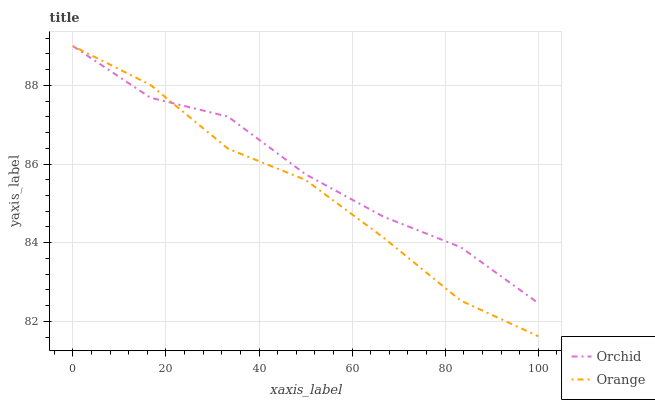
| xaxis_label | Orchid | Orange |
 | --- | --- | --- |
 | 0 | 89 | 89 |
 | 16.7 | 87.7 | 88 |
 | 33.3 | 87.2 | 86.4 |
 | 50 | 85.7 | 85.6 |
 | 66.7 | 84.7 | 84.1 |
 | 83.3 | 83.9 | 82.5 |
 | 100 | 82.5 | 81.6 |